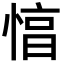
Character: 㥫